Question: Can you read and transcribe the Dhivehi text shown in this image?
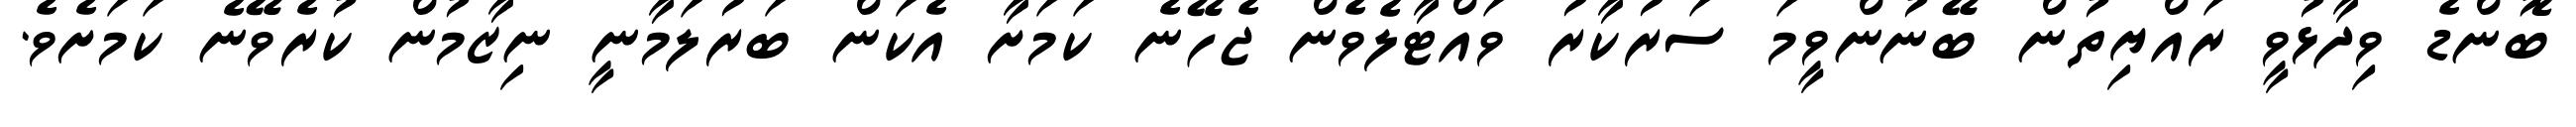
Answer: ބޮންޑެ ވިދާޅުވީ ރައްޔިތުން ބޭނުންވީމަ ސަރުކާރު ވައްޓާލެވެން ޖެހޭނެ ކަމަށާ އެކަން ބަރުލަމާނީ ނިޒާމުން ކުރެވޭނެ ކަމަށެވެ.